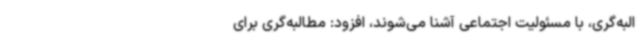
البه‌گری، با مسئولیت اجتماعی آشنا می‌شوند، افزود: مطالبه‌گری برای